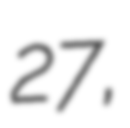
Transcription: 27,